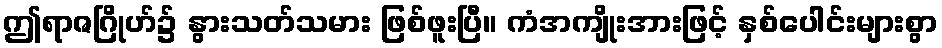
ဤရာဇဂြိုဟ်၌ နွားသတ်သမား ဖြစ်ဖူးပြီ။ ကံအကျိုးအားဖြင့် နှစ်ပေါင်းများစွာ